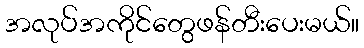
အလုပ်အကိုင်တွေဖန်တီးပေးမယ်။